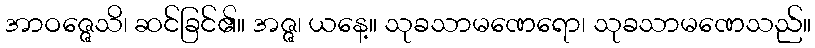
အာဝဇ္ဇေသိ၊ ဆင်ခြင်၏။ အဇ္ဇ၊ ယနေ့။ သုခသာမဏေရော၊ သုခသာမဏေသည်။